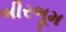
બીરભૂમ